Civil Veterinary Department Bihar reports 1936-40 - 1936-1940
Year: 1936
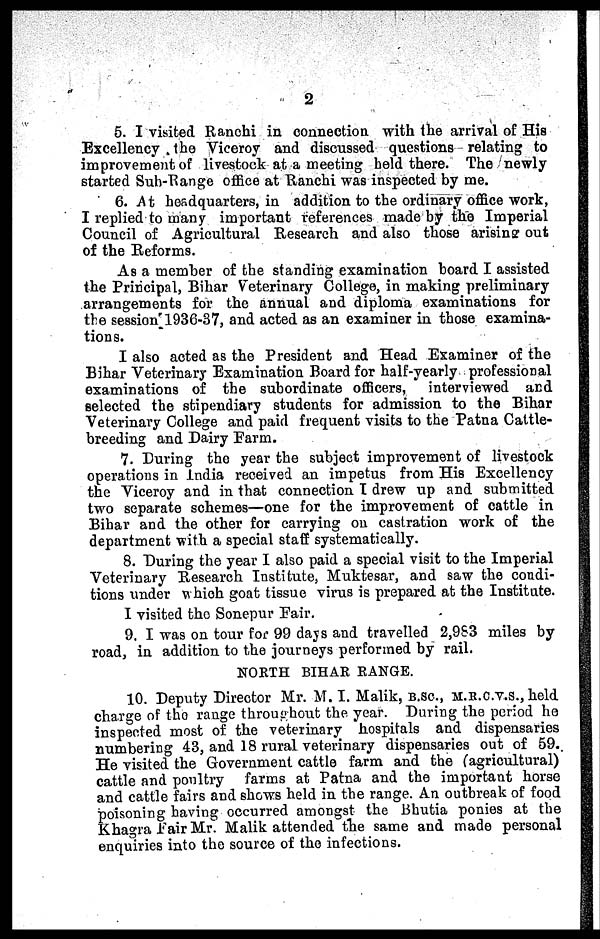
2
5. I visited Ranchi in connection with the arrival of His
Excellency the Viceroy and discussed questions relating to
improvement of livestock at a meeting held there. The newly
started Sub-Range office at Ranchi was inspected by me.
6. At headquarters, in addition to the ordinary office work,
I replied to many important references made by the Imperial
Council of Agricultural Research and also those arising out
of the Reforms.
As a member of the standing examination board I assisted
the Principal, Bihar Veterinary College, in making preliminary
arrangements for the annual and diploma examinations for
the session 1936-37, and acted as an examiner in those examina-
tions.
I also acted as the President and Head Examiner of the
Bihar Veterinary Examination Board for half-yearly professional
examinations of the subordinate officers,
interviewed and
selected the stipendiary students for admission to the Bihar
Veterinary College and paid frequent visits to the Patna Cattle-
breeding and Dairy Farm.
7. During the year the subject improvement of livestock
operations in India received an impetus from His Excellency
the Viceroy and in that connection I drew up and submitted
two separate schemes—one for the improvement of cattle in
Bihar and the other for carrying on castration work of the
department with a special staff systematically.
8. During the year I also paid a special visit to the Imperial
Veterinary Research Institute, Muktesar, and saw the condi-
tions under which goat tissue virus is prepared at the Institute.
I visited the Sonepur Pair.
9. I was on tour for 99 days and travelled 2,9S3 miles by
road, in addition to the journeys performed by rail.
NORTH BIHAR RANGE.
10. Deputy Director Mr. M. I. Malik, b.sc, m.b.c.v.s., held
charge of the range throughout the year. During the period ho
inspected most of the veterinary hospitals and dispensaries
numbering 43, and 18 rural veterinary dispensaries out of 59.
He visited the Government cattle farm and the (agricultural)
cattle and poultry farms at Patna and the important horse
and cattle fairs and shows held in the range. An outbreak of food
poisoning having occurred amongst the Bhutia ponies at the
Khagra Pair Mr. Malik attended the same and made personal
enquiries into the source of the infections.